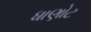
ધાણોટ